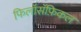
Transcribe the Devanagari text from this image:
फिलॉसॅफ़िकल